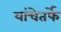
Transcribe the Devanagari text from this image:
यांचेतर्फे